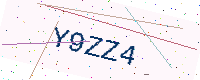
Text: Y9ZZ4